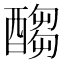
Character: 𲆶